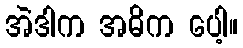
အဲဒါက အဓိက ပေါ့။